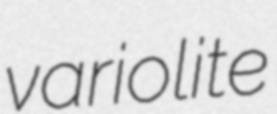
variolite